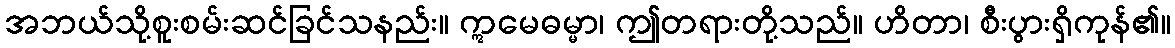
အဘယ်သို့စူးစမ်းဆင်ခြင်သနည်း။ ဣမေဓမ္မာ၊ ဤတရားတို့သည်။ ဟိတာ၊ စီးပွားရှိကုန်၏။